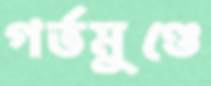
গর্ভমুণ্ডে